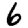
Digit: 6